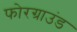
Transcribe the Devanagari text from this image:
फोरग्राउंड